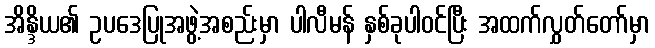
အိန္ဒိယ၏ ဥပဒေပြုအဖွဲ့အစည်းမှာ ပါလီမန် နှစ်ခုပါဝင်ပြီး အထက်လွှတ်တော်မှာ